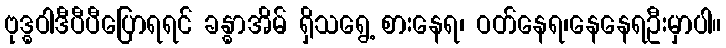
ဗုဒ္ဓဝါဒီပီပီပြောရရင် ခန္ဓာအိမ် ရှိသရွေ့ စားနေရ၊ ဝတ်နေရ၊နေနေရဦးမှာပါ။